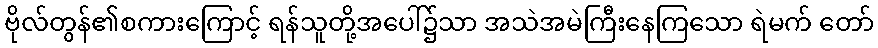
ဗိုလ်တွန်၏စကားကြောင့် ရန်သူတို့အပေါ်၌သာ အသဲအမဲကြီးနေကြသော ရဲမက် တော်